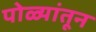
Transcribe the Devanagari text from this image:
पोळ्यांतून